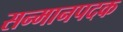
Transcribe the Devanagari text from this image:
सन्मानपदक